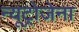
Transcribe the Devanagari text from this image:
न्यूट्रोजेना